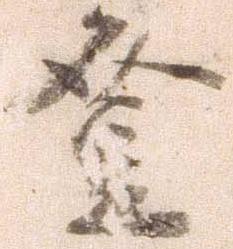
登